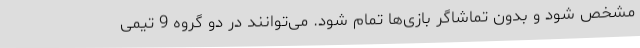
مشخص شود و بدون تماشاگر بازی‌ها تمام شود. می‌توانند در دو گروه 9 تیمی